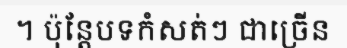
។ ប៉ុន្តែបទកំសត់ៗ ជាច្រើន